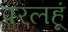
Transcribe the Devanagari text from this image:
परलहूं